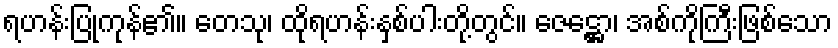
ရဟန်းပြုကုန်၏။ တေသု၊ ထိုရဟန်းနှစ်ပါးတို့တွင်။ ဇေဋ္ဌော၊ အစ်ကိုကြီးဖြစ်သော